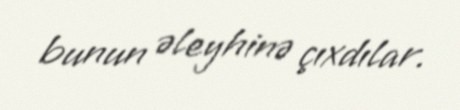
bunun əleyhinə çıxdılar.